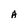
Character: A